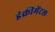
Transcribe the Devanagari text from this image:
इंक्रीमेंटल